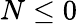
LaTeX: N\leq 0